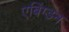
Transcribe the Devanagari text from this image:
एबिंग्डन